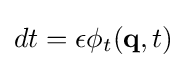
{\textstyle dt=\epsilon \phi _{t}(\mathbf {q} ,t)}